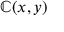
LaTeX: \mathbb { C } ( x , y )